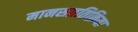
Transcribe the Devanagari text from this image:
मानसप्रतिक्रिया